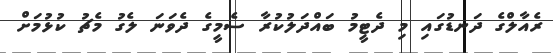
ރެއާލްގެ ދަނޑުގައި މި ދެޓީމު ބައްދަލުކުރާ ސެމީގެ ދެވަނަ ލެގު މެޗު ކުޅުމަށް